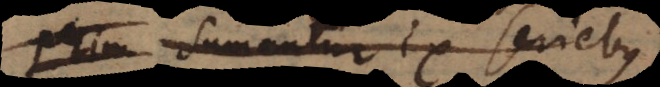
P; Sumantur ex seriebus